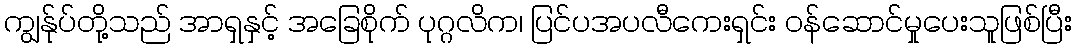
ကျွန်ုပ်တို့သည် အာရှနှင့် အခြေစိုက် ပုဂ္ဂလိက၊ ပြင်ပအပလီကေးရှင်း ဝန်ဆောင်မှုပေးသူဖြစ်ပြီး